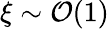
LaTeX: \xi\sim\mathcal{O}(1)